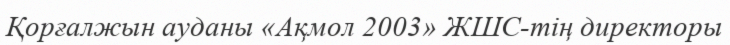
Қорғалжын ауданы «Ақмол 2003» ЖШС-тің директоры